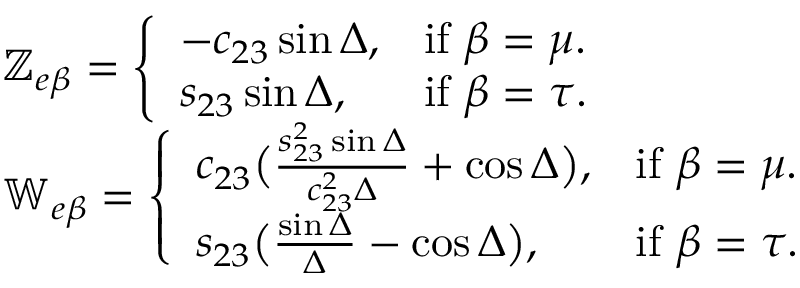
\begin{array} { r l } & { \mathbb { Z } _ { e \beta } = \left\{ \begin{array} { l l } { - c _ { 2 3 } \sin \Delta , } & { \mathrm { i f } \ \beta = \mu . } \\ { s _ { 2 3 } \sin \Delta , } & { \mathrm { i f } \ \beta = \tau . } \end{array} \right. } \\ & { \mathbb { W } _ { e \beta } = \left\{ \begin{array} { l l } { c _ { 2 3 } \big ( \frac { s _ { 2 3 } ^ { 2 } \sin \Delta } { c _ { 2 3 } ^ { 2 } \Delta } + \cos \Delta \big ) , } & { \mathrm { i f } \ \beta = \mu . } \\ { s _ { 2 3 } \big ( \frac { \sin \Delta } { \Delta } - \cos \Delta \big ) , } & { \mathrm { i f } \ \beta = \tau . } \end{array} \right. } \end{array}